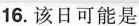
16. 该日可能是